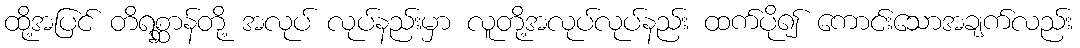
ထို့အပြင် တိရစ္ဆာန်တို့ အလုပ် လုပ်နည်းမှာ လူတို့အလုပ်လုပ်နည်း ထက်ပို၍ ကောင်းသောအချက်လည်း